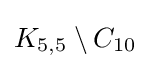
K_{5,5}\setminus C_{10}